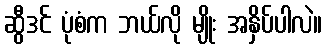
ဆွီဒင် ပုံစံက ဘယ်လို မျိုး အနှိပ်ပါလဲ။